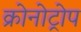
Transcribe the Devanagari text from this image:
क्रोनोट्रोप